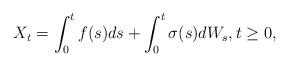
LaTeX: \begin{align*} X_t=\int_0^t f(s)ds+\int_0^t\sigma(s)dW_s,t\geq 0,\end{align*}